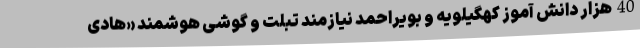
40هزار دانش آموز کهگیلویه و بویراحمد نیازمند تبلت و گوشی هوشمند «هادی